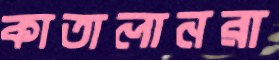
কাতালানরা